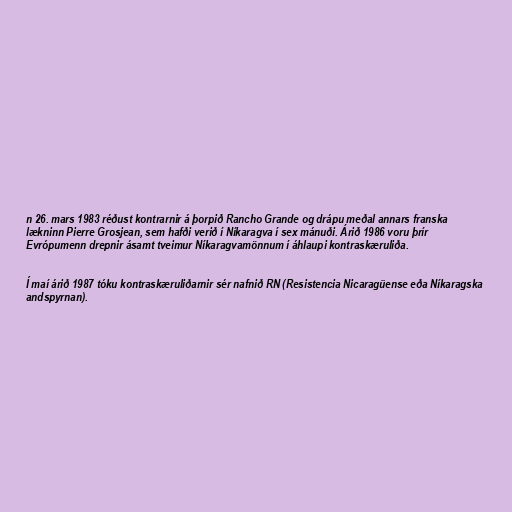
n 26. mars 1983 réðust kontrarnir á þorpið Rancho Grande og drápu meðal annars franska
lækninn Pierre Grosjean, sem hafði verið í Níkaragva í sex mánuði. Árið 1986 voru þrír
Evrópumenn drepnir ásamt tveimur Níkaragvamönnum í áhlaupi kontraskæruliða.

Í maí árið 1987 tóku kontraskæruliðarnir sér nafnið RN (Resistencia Nicaragüense eða Níkaragska
andspyrnan).